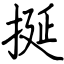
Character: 挻